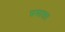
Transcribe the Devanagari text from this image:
प्रमाता।